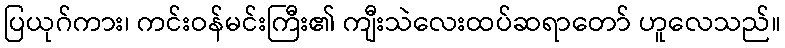
ပြယုဂ်ကား၊ ကင်းဝန်မင်းကြီး၏ ကျီးသဲလေးထပ်ဆရာတော် ဟူလေသည်။